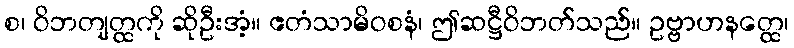
စ၊ ဝိဘတျတ္ထကို ဆိုဦးအံ့။ ဧတံသာမိဝစနံ၊ ဤဆဋ္ဌီဝိဘတ်သည်။ ဥဗ္ဗာဟနတ္ထေ၊